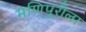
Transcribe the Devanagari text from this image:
मणिपुरीला